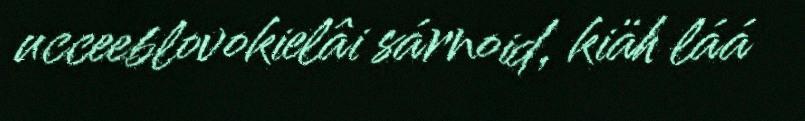
ucceeblovokielâi sárnoid, kiäh láá